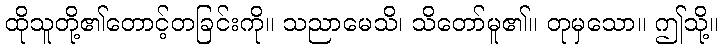
ထိုသူတို့၏တောင့်တခြင်းကို။ သညာမေသိ၊ သိတော်မူ၏။ တုမှသော။ ဤသို့။